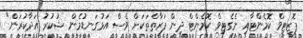
ޕޮޒިޓިވް ކޮމެންޓާއި ނެގެޓިވް ކޮމެންޓް ދިން ފަރާތްތަކަށް ވެސް އަޅުގަނޑުމެން ޝުކުރު އަދާކުރަން"